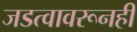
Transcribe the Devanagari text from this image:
जडत्वावरूनही